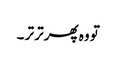
تو وہ پھر تر تر ۔